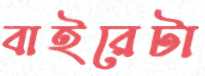
বাইরেটা